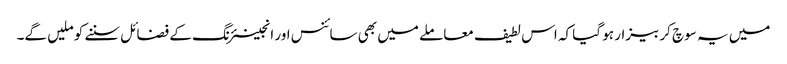
میں یہ سوچ کر بیزار ہو گیا کہ اس لطیف معاملے میں بھی سائنس اور انجینئرنگ کے فضائل سننے کو ملیں گے۔